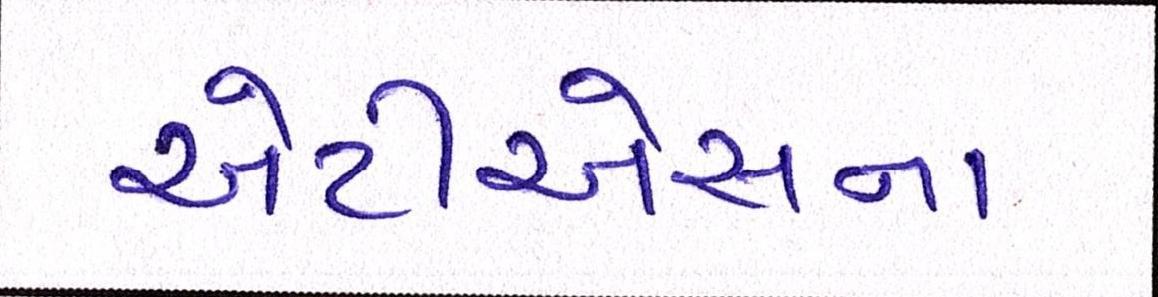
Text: એટીએસના